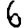
Digit: 6